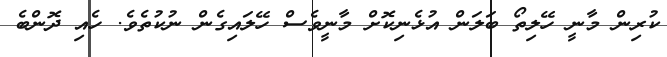
ކުރިން މާނީ ހޭލިތޯ ބަލަން އުޅެނިކޮށް މާނީވެސް ހޭލައިގެން ނުކުތެވެ. ހެއި ދޮންބެ